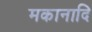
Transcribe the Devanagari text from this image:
मकानादि